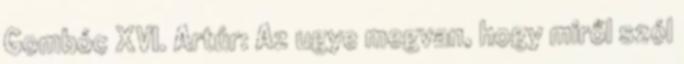
Gombóc XVI. Artúr: Az ugye megvan, hogy miről szól